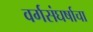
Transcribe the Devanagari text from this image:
वर्गसंघर्षाचा